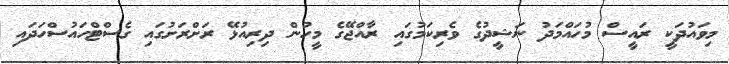
މިވައުދަކީ ރައީސް މުހައްމަދު ނަޝީދުގެ ވެރިކަމުގައި ރާއްޖޭގެ މީހުން ދިރިއުޅޭ ރަށްރަށުގައި ގެސްޓްހައުސްހަދައި